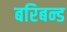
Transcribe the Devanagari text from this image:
बरिबन्ड